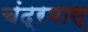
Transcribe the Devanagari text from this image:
चंद्रमास्